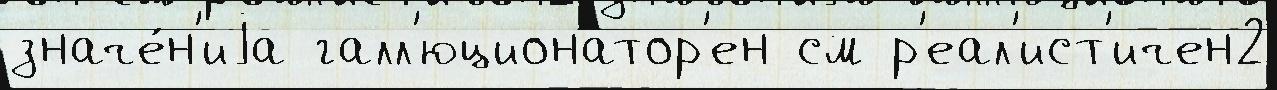
значе́н'иjа галл'юционатор'ен см р'еал'ист'ичен2